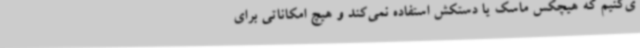
ی‌کنیم که هیچکس ماسک یا دستکش استفاده نمی‌کند و هیچ امکاناتی برای